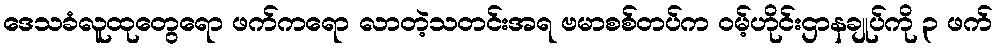
ဒေသခံလူထုတွေရော ဖက်ကရော လာတဲ့သတင်းအရ ဗမာစစ်တပ်က ဝမ့်ဟိုင်းဌာနချုပ်ကို ၃ ဖက်